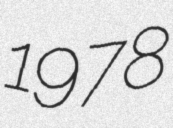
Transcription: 1978